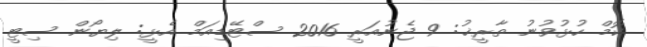
ކޮމް ހުޅުވުނު ތާރީޚު: 9 ޖެނުއަރީ 2016 ސްޓޭޑިއަމް އެޅީ: ލިޔޯން ސިޓީ